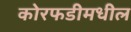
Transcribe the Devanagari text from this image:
कोरफडीमधील